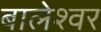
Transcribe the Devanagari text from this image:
बालेश्‍वर